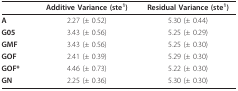
<table><thead><tr><td></td><td><b>Additive Variance (ste<sup>1</sup>)</b></td><td><b>Residual Variance (ste<sup>1</sup>)</b></td></tr></thead><tbody><tr><td><b>A</b></td><td>2.27 (± 0.52)</td><td>5.30 (± 0.44)</td></tr><tr><td><b>G05</b></td><td>3.43 (± 0.56)</td><td>5.25 (± 0.29)</td></tr><tr><td><b>GMF</b></td><td>3.43 (± 0.56)</td><td>5.25 (± 0.30)</td></tr><tr><td><b>GOF</b></td><td>2.41 (± 0.39)</td><td>5.29 (± 0.30)</td></tr><tr><td><b>GOF*</b></td><td>4.46 (± 0.73)</td><td>5.22 (± 0.30)</td></tr><tr><td><b>GN</b></td><td>2.25 (± 0.36)</td><td>5.30 (± 0.30)</td></tr></tbody></table>